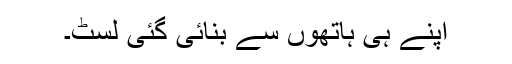
اپنے ہی ہاتھوں سے بنائی گئی لسٹ۔